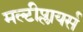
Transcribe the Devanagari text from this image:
मल्टीप्लायर्स